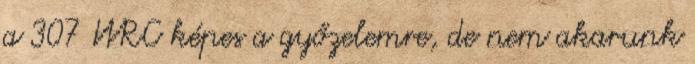
a 307 WRC képes a győzelemre, de nem akarunk